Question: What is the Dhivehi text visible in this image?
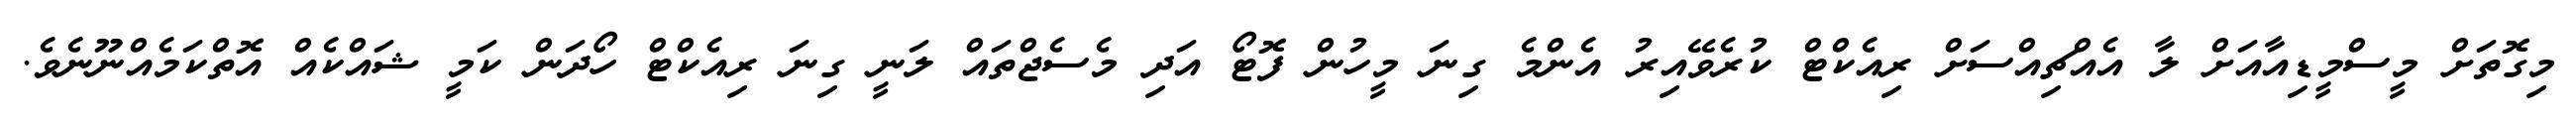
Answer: މިގޮތަށް މީސްމީޑިއާއަށް ލާ އެއްޗިއްސަށް ރިއެކްޓް ކުރެވޭއިރު އެންމެ ގިނަ މީހުން ފޮޓޯ އަދި މެސެޖްތައް ލަނީ ގިނަ ރިއެކްޓް ހޯދަން ކަމީ ޝައްކެއް އޮތްކަމެއްނޫނެވެ.